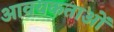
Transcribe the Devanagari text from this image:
आवयकताओं